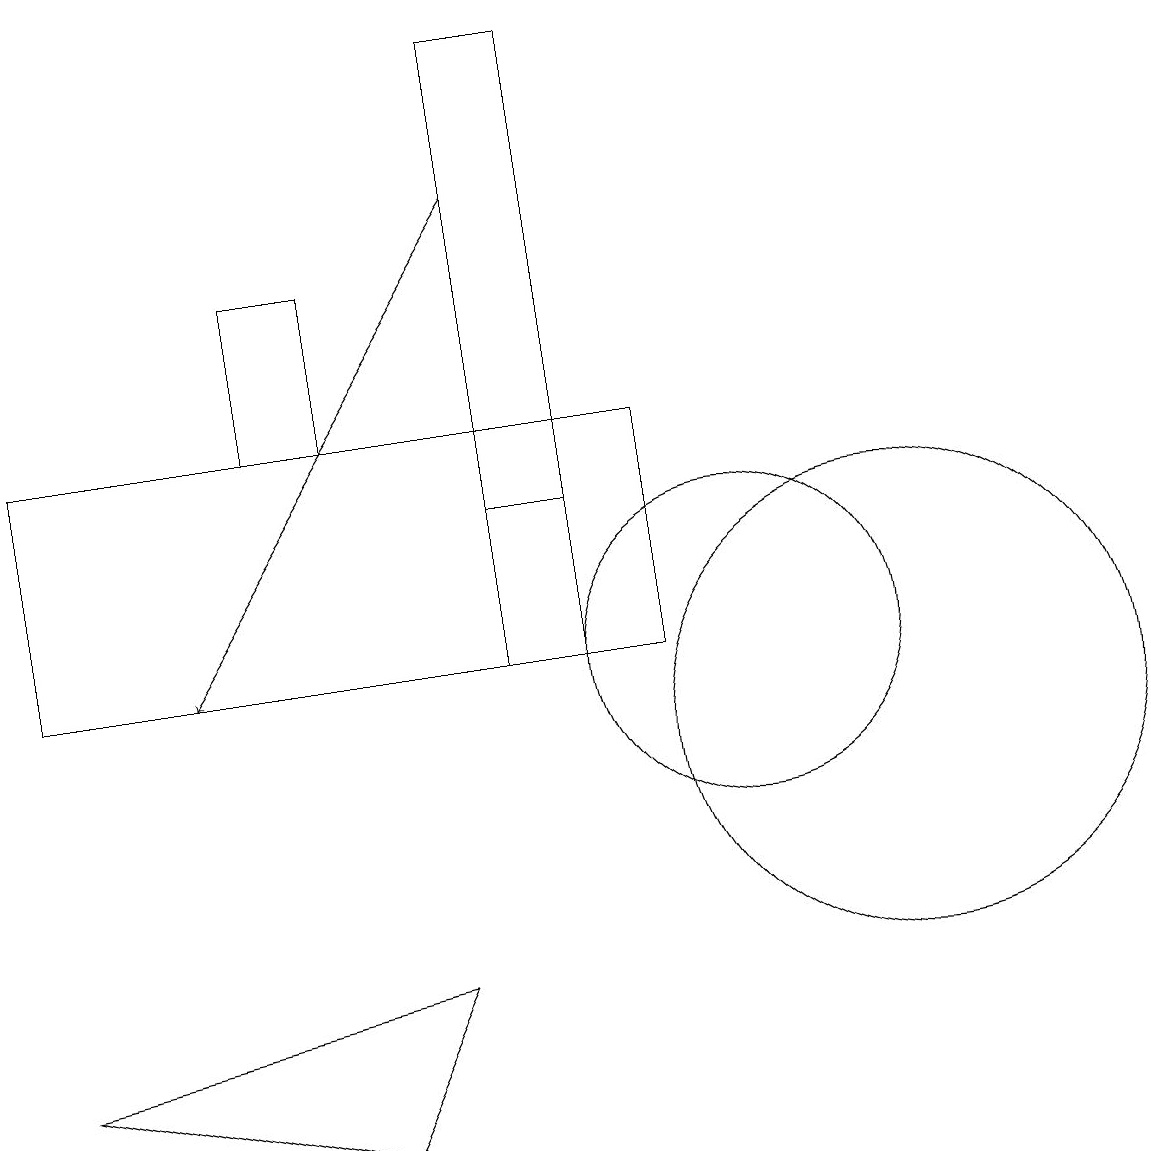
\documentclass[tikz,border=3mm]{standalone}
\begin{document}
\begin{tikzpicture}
\draw (6,7) -- (5,5) -- (1,6) -- cycle;
\draw (12,10) circle (3);
\draw (8,19) rectangle (7,11);
\draw[->] (7,17) -- (3,11);
\draw (9,14) rectangle (1,11);
\draw (10,11) circle (2);
\draw (8,19) rectangle (7,13);
\draw (4,14) rectangle (5,16);
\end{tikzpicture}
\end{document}